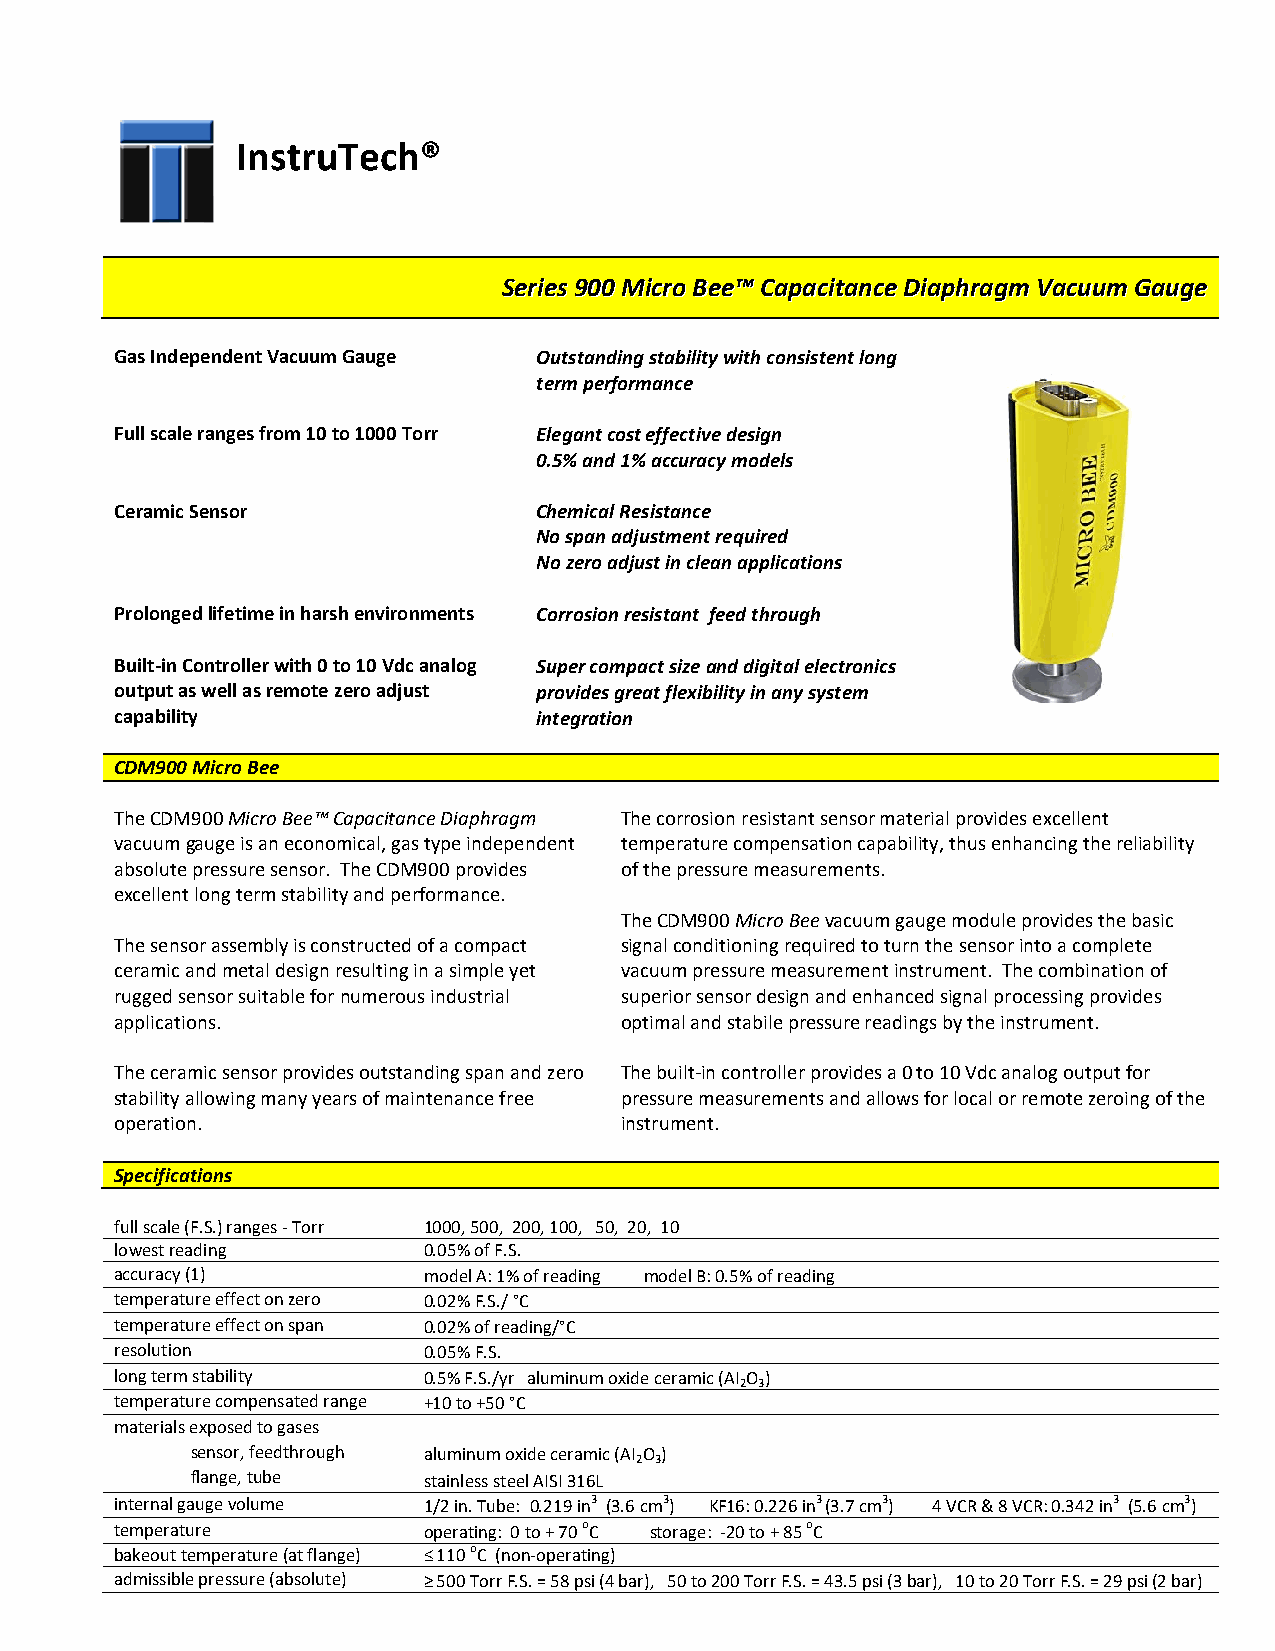
InstruTech®
 SSeerriieess 990000 MMiiccrroo BBeeee™™ CCaappaacciittaannccee DDiiaapphhrraaggmm VVaaccuuuumm GGaauuggee
 Gas Independent Vacuum Gauge Outstanding stability with consistent long
 term performance
 Full scale ranges from 10 to 1000 Torr Elegant cost effective design
 0.5% and 1% accuracy models
 Ceramic Sensor              Chemical Resistance
 No span adjustment required
 No zero adjust in clean applications
 Prolonged lifetime in harsh environments Corrosion resistant feed through
 Built-in Controller with 0 to 10 Vdc analog Super compact size and digital electronics
 output as well as remote zero adjust provides great flexibility in any system
 capability                  integration
 CDM900 Micro Bee
 The CDM900 Micro Bee™ Capacitance Diaphragm The corrosion resistant sensor material provides excellent
 vacuum gauge is an economical, gas type independent temperature compensation capability, thus enhancing the reliability
 absolute pressure sensor. The CDM900 provides of the pressure measurements.
 excellent long term stability and performance.
 The CDM900 Micro Bee vacuum gauge module provides the basic
 The sensor assembly is constructed of a compact signal conditioning required to turn the sensor into a complete
 ceramic and metal design resulting in a simple yet vacuum pressure measurement instrument. The combination of
 rugged sensor suitable for numerous industrial superior sensor design and enhanced signal processing provides
 applications.                    optimal and stabile pressure readings by the instrument.
 The ceramic sensor provides outstanding span and zero The built-in controller provides a 0 to 10 Vdc analog output for
 stability allowing many years of maintenance free pressure measurements and allows for local or remote zeroing of the
 operation.                       instrument.
 Specifications
 full scale (F.S.) ranges - Torr 1000, 500, 200, 100, 50, 20, 10
 lowest reading      0.05% of F.S.
 accuracy (1)        model A: 1% of reading model B: 0.5% of reading
 temperature effect on zero 0.02% F.S./ °C
 temperature effect on span 0.02% of reading/°C
 resolution          0.05% F.S.
 long term stability 0.5% F.S./yr aluminum oxide ceramic (AI O )
 2 3
 temperature compensated range +10 to +50 °C
 materials exposed to gases
 sensor, feedthrough aluminum oxide ceramic (AI O )
 2 3
 flange, tube   stainless steel AISI 316L
 internal gauge volume 1/2 in. Tube: 0.219 in3 (3.6 cm3) KF16: 0.226 in3 (3.7 cm3) 4 VCR & 8 VCR: 0.342 in3 (5.6 cm3)
 temperature         operating: 0 to + 70 oC storage: -20 to + 85 oC
 bakeout temperature (at flange) ≤ 110 oC (non-operating)
 admissible pressure (absolute) ≥ 500 Torr F.S. = 58 psi (4 bar), 50 to 200 Torr F.S. = 43.5 psi (3 bar), 10 to 20 Torr F.S. = 29 psi (2 bar)